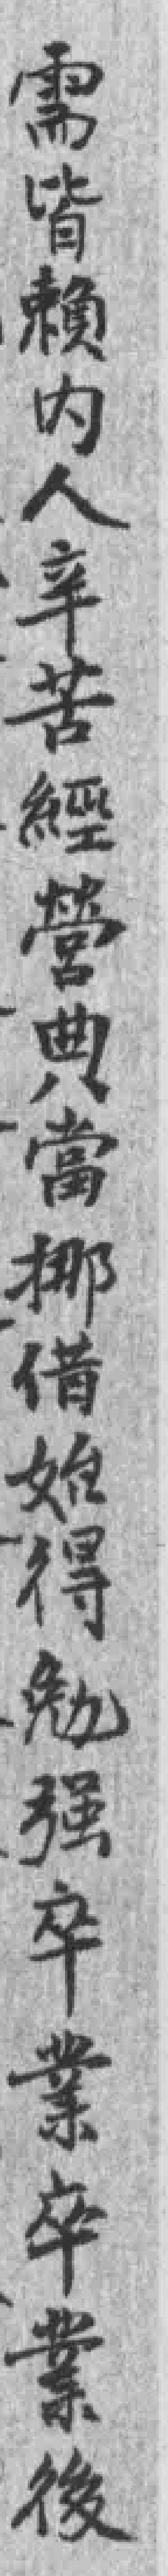
需皆賴内人辛苦經營典當挪借始得勉强卒業卒業後